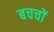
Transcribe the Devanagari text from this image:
बचचों